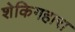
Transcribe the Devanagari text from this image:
शेकिगहारा